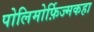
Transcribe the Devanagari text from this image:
पोलिमोर्फ़िज्मकहा